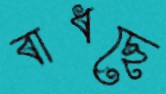
বাধছে